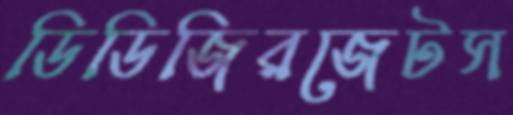
ডিডিজিরজেটস